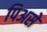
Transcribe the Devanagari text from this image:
पिअसे